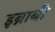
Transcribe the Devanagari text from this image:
इब्नाबी